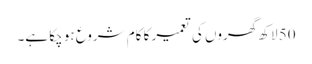
50 لاکھ گھروں کی تعمیر کا کام شروع ہو چکا ہے۔